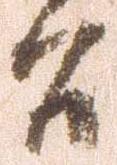
間